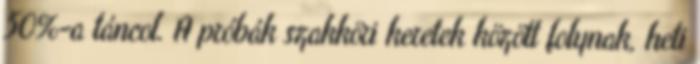
50%-a táncol. A próbák szakköri keretek között folynak, heti